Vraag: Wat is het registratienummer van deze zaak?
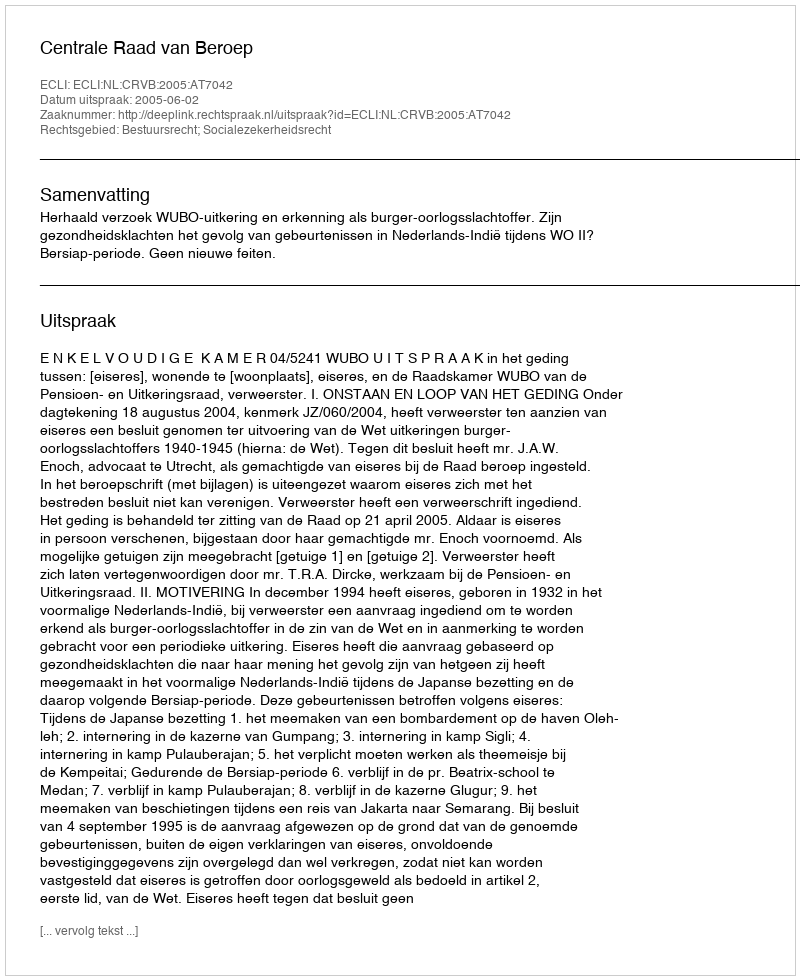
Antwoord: http://deeplink.rechtspraak.nl/uitspraak?id=ECLI:NL:CRVB:2005:AT7042